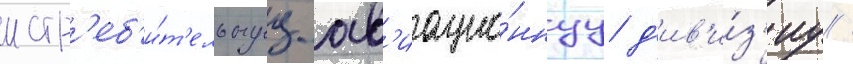
истр'еб'и́т'ельнуу ав'иацио́ннуу д'ив'и́з'иу /